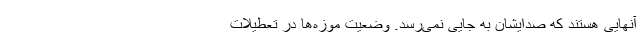
آنهایی هستند که صدایشان به جایی نمی‌رسد. وضعیت موزه‌ها در تعطیلات